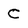
Character: C